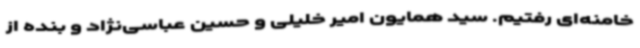
خامنه‌ای رفتیم. سید همایون امیر خلیلی و حسین عباسی‌نژاد و بنده از